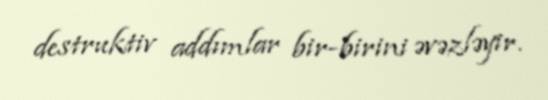
destruktiv addımlar bir-birini əvəzləyir.